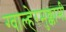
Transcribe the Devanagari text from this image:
ग्वाल्हेरमुक्कामी